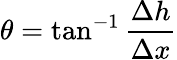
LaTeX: \theta=\tan^{-1}{\frac{\Delta h}{\Delta x}}